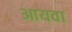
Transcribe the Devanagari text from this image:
आयवा